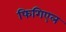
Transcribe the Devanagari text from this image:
फिगिएल